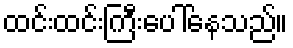
ထင်းထင်းကြီးပေါ်နေသည်။